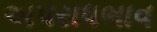
અપરાધભાવ